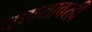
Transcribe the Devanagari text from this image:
पाण्यावरही